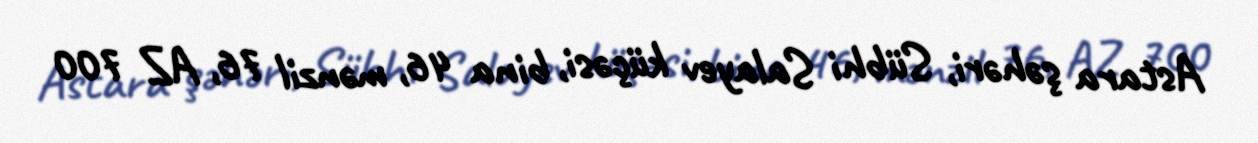
Astara şəhəri, Sübhi Salayev küçəsi, bina 46, mənzil 76, AZ 700